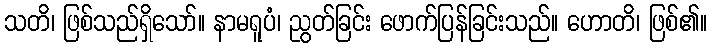
သတိ၊ ဖြစ်သည်ရှိသော်။ နာမရူပံ၊ ညွတ်ခြင်း ဖောက်ပြန်ခြင်းသည်။ ဟောတိ၊ ဖြစ်၏။